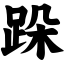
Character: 跺